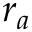
r _ { a }